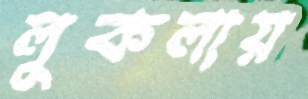
লুকলায়